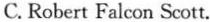
C. Robert Falcon Scott.